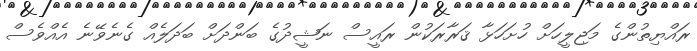
ރައްޔިތުންގެ މަޖިލީހަށް ހުށަހަޅާ ޤަރާރަކުން ރައީސް ނަޝީދުގެ ބަންދަށް ބަދަލެއް ގެނެވޭނެ އެއްވެސް